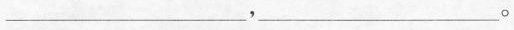
___，___。